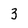
Character: 3